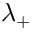
\lambda _ { + }